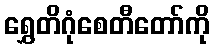
ရွှေတိဂုံစေတီတော်ကို